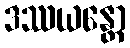
ဒဿယန္တော